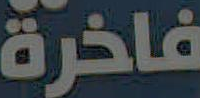
فاخرة